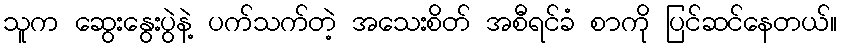
သူက ဆွေးနွေးပွဲနဲ့ ပက်သက်တဲ့ အသေးစိတ် အစီရင်ခံ စာကို ပြင်ဆင်နေတယ်။